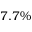
7 . 7 \%